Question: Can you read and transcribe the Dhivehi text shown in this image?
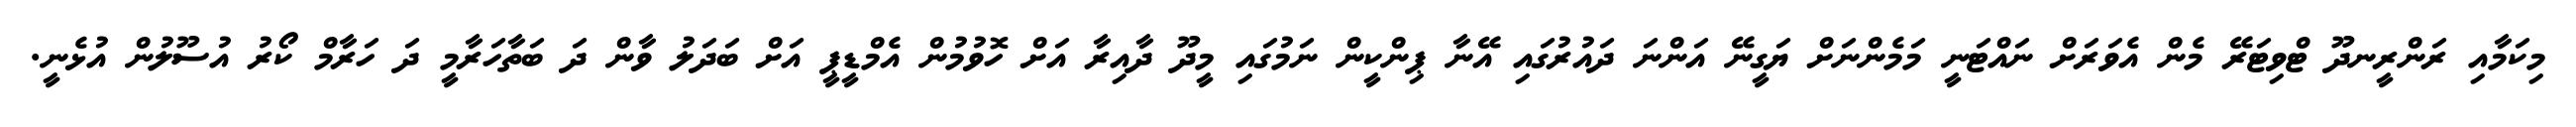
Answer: މިކަމާއި ރަންރީނދޫ ޓްވިޓަރޭ މެން އެވަރަށް ނައްޓަނީ މަމެންނަށް ޔަގީނޭ އަންނަ ދައުރުގައި އޭނާ ޕިންކީން ނަމުގައި މީދޫ ދާއިރާ އަށް ހޮވުމުން އެމްޑީޕީ އަށް ބަދަލު ވާން ދަ ބަތާހަރާމީ ދަ ހަރާމް ކޯރު އުސޫލުން އުޅެނީ.